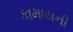
કામાયની